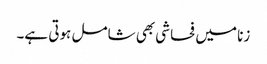
زنا میں فحاشی بھی شامل ہوتی ہے۔